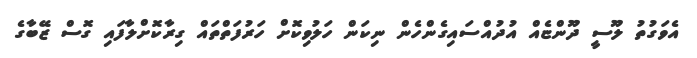
އެވަގުތު ލޫސީ ދޫންޏެއް އުދުއްސައިގެންހެން ނިކަން ހަލުވިކޮށް ހަރުފަތްތައް ގިރާކޮށްލާފައި ގޮސް ޒޭބާގެ